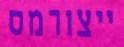
ייצורמס